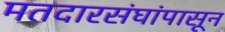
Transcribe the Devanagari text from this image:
मतदारसंघांपासून